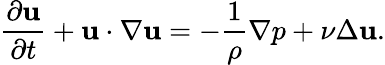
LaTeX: \frac{\partial\mathbf{u}}{\partial t}+\mathbf{u}\cdot\nabla\mathbf{u}=-\frac{1}{\rho}\nabla p+\nu\Delta\mathbf{u}.